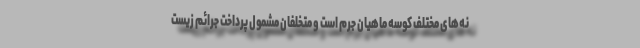
نه‌های مختلف کوسه ماهیان جرم است و متخلفان مشمول پرداخت جرائم زیست